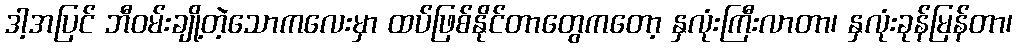
ဒါ့အပြင် ဘီဝမ်းချို့တဲ့သောကလေးမှာ ထပ်ဖြစ်နိုင်တာတွေကတော့ နှလုံးကြီးလာတာ၊ နှလုံးခုန်မြန်တာ၊